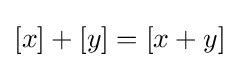
[x]+[y]=[x+y]